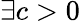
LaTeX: \exists c>0